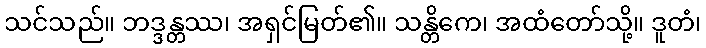
သင်သည်။ ဘဒ္ဒန္တဿ၊ အရှင်မြတ်၏။ သန္တိကေ၊ အထံတော်သို့။ ဒူတံ၊